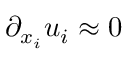
\partial _ { x _ { i } } u _ { i } \approx 0